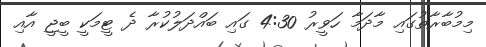
މިމުބާރާތުގައި މާދަމާ ހަވީރު 4:30 ގައި ބައްދަލުކުރާ ދެ ޓީމަކީ ބީޖީ އާއި